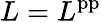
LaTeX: L=L^{\mathrm{pp}}